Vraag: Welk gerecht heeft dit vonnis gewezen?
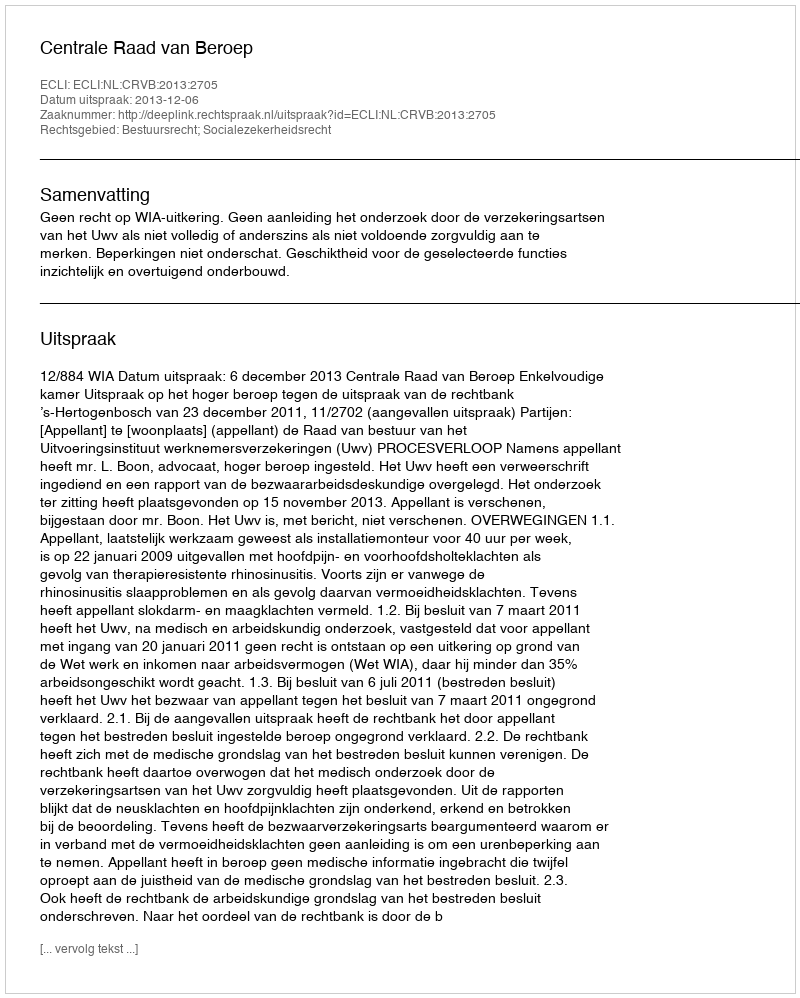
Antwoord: Centrale Raad van Beroep